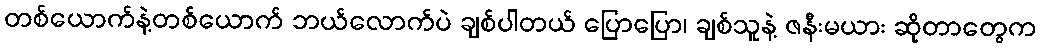
တစ်ယောက်နဲ့တစ်ယောက် ဘယ်လောက်ပဲ ချစ်ပါတယ် ပြောပြော၊ ချစ်သူနဲ့ ဇနီးမယား ဆိုတာတွေက